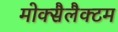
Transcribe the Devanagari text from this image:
मोक्सैलैक्टम